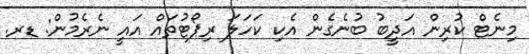
މިނެޓް ކުރިން އަދީބު ބުނެގެން އެކި ކަހަލަ ރިޕޯޓުތައް އައީ ނެރެމުން: ޑރ.